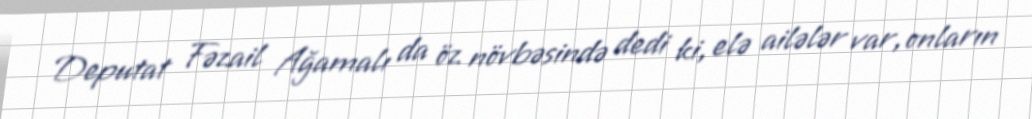
Deputat Fəzail Ağamalı da öz növbəsində dedi ki, elə ailələr var, onların